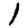
Digit: 1